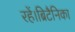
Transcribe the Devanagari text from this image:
रहें।ब्रिटैनिका